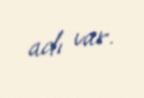
adı var.